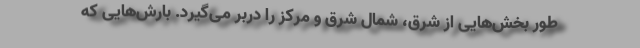
طور بخش‌هایی از شرق، شمال شرق و مرکز را دربر می‌گیرد. بارش‌هایی که